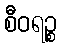
စီဝရဉ္စ